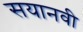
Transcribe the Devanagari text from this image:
सयानवी